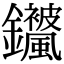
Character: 𬬣